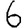
Digit: 6